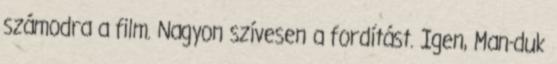
számodra a film. Nagyon szívesen a fordítást. Igen, Man-duk